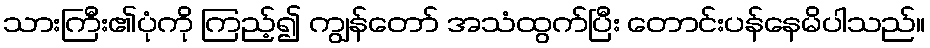
သားကြီး၏ပုံကို ကြည့်၍ ကျွန်တော် အသံထွက်ပြီး တောင်းပန်နေမိပါသည်။